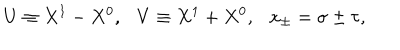
U \equiv X ^ { 1 } - X ^ { 0 } , \ \ \ V \equiv X ^ { 1 } + X ^ { 0 } , \ \ \ x _ { \pm } = \sigma \pm \tau ,